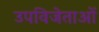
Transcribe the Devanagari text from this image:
उपविजेताओं